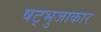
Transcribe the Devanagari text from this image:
षट्भुजाकार